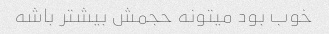
خوب بود میتونه حجمش بیشتر باشه